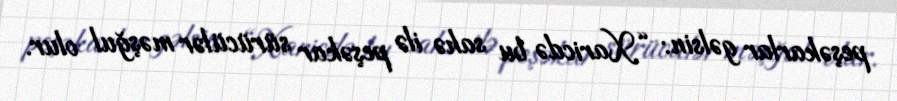
peşəkarlar gəlsin: “Xaricdə bu sahə ilə peşəkar sürücülər məşğul olur.